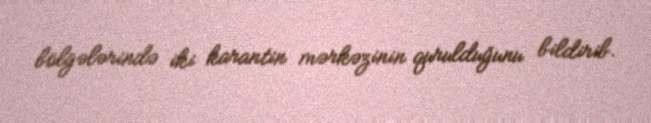
bölgələrində iki karantin mərkəzinin qurulduğunu bildirib.